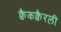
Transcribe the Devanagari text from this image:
क्वैकक्वैरली